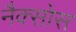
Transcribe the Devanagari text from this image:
नैक्सोस